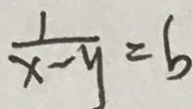
\frac { 1 } { x - y } = b